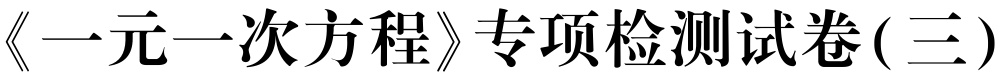
《一元一次方程》专项检测试卷( 三)